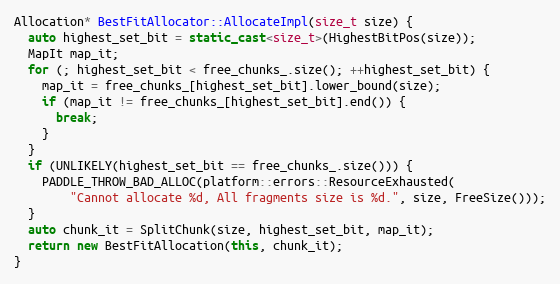
Language: C++
Allocation* BestFitAllocator::AllocateImpl(size_t size) {
  auto highest_set_bit = static_cast<size_t>(HighestBitPos(size));
  MapIt map_it;
  for (; highest_set_bit < free_chunks_.size(); ++highest_set_bit) {
    map_it = free_chunks_[highest_set_bit].lower_bound(size);
    if (map_it != free_chunks_[highest_set_bit].end()) {
      break;
    }
  }
  if (UNLIKELY(highest_set_bit == free_chunks_.size())) {
    PADDLE_THROW_BAD_ALLOC(platform::errors::ResourceExhausted(
        "Cannot allocate %d, All fragments size is %d.", size, FreeSize()));
  }
  auto chunk_it = SplitChunk(size, highest_set_bit, map_it);
  return new BestFitAllocation(this, chunk_it);
}